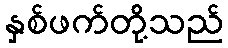
နှစ်ဖက်တို့သည်